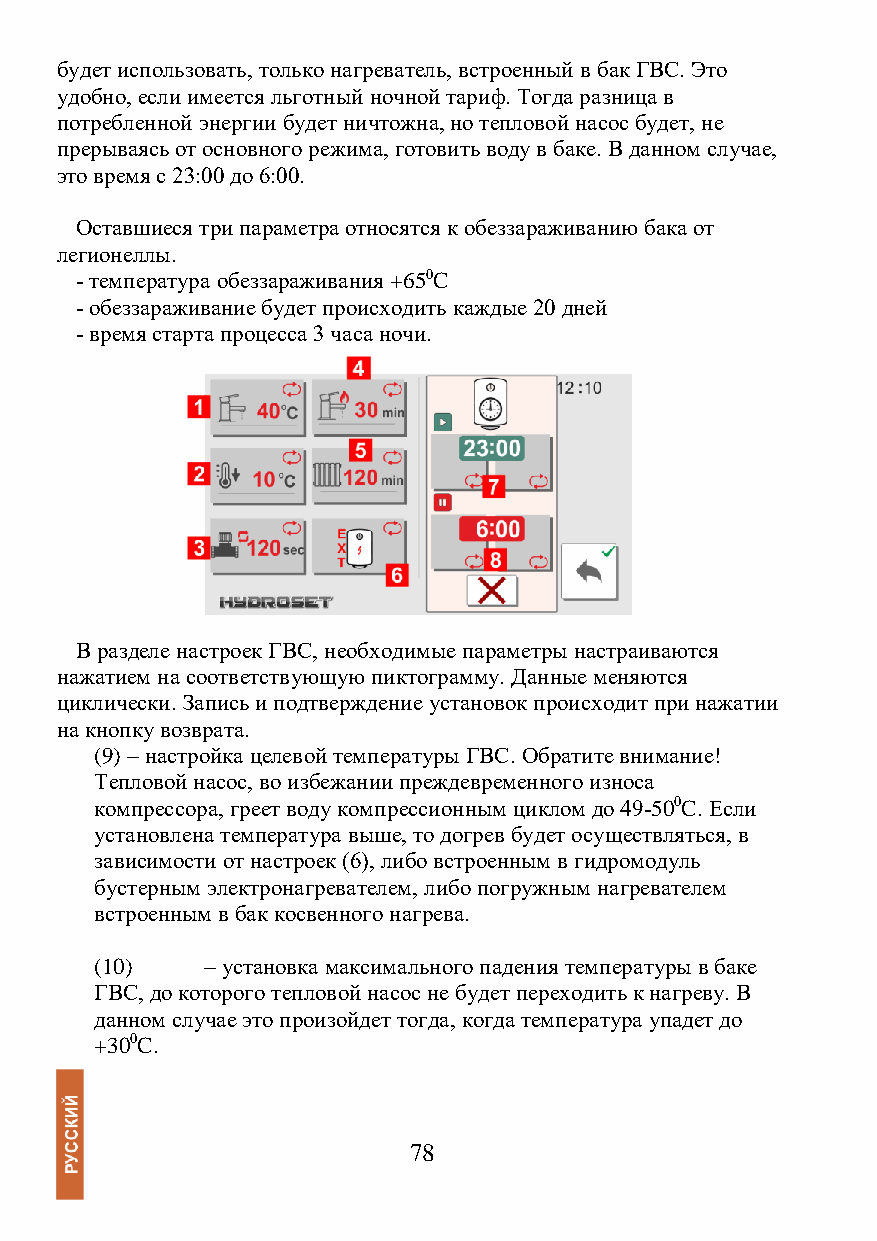
будет использовать, только нагреватель, встроенный в бак ГВС. Это
 удобно, если имеется льготный ночной тариф. Тогда разница в
 потребленной энергии будет ничтожна, но тепловой насос будет, не
 прерываясь от основного режима, готовить воду в баке. В данном случае,
 это время с 23:00 до 6:00.
 Оставшиеся три параметра относятся к обеззараживанию бака от
 легионеллы.
 - температура обеззараживания +650C
 - обеззараживание будет происходить каждые 20 дней
 - время старта процесса 3 часа ночи.
 В разделе настроек ГВС, необходимые параметры настраиваются
 нажатием на соответствующую пиктограмму. Данные меняются
 циклически. Запись и подтверждение установок происходит при нажатии
 на кнопку возврата.
 (9) – настройка целевой температуры ГВС. Обратите внимание!
 Тепловой насос, во избежании преждевременного износа
 компрессора, греет воду компрессионным циклом до 49-500C. Если
 установлена температура выше, то догрев будет осуществляться, в
 зависимости от настроек (6), либо встроенным в гидромодуль
 бустерным электронагревателем, либо погружным нагревателем
 встроенным в бак косвенного нагрева.
 (10)    – установка максимального падения температуры в баке
 ГВС, до которого тепловой насос не будет переходить к нагреву. В
 данном случае это произойдет тогда, когда температура упадет до
 +300C.
 78